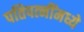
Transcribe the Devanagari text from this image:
पतिपत्‍नींमध्ये